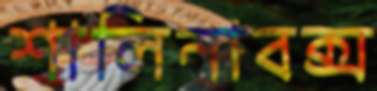
শালিনাবক্স